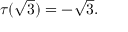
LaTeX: \tau ( { \sqrt { 3 } } ) = - { \sqrt { 3 } } .